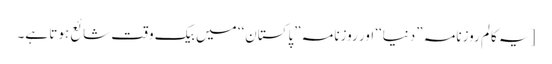
[یہ کالم روزنامہ ”دنیا‘‘ اور روزنامہ ”پاکستان‘‘ میں بیک وقت شائع ہوتا ہے۔